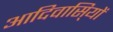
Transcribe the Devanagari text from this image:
आदिवासि्यों